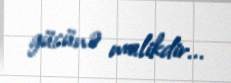
gücünə malikdir...